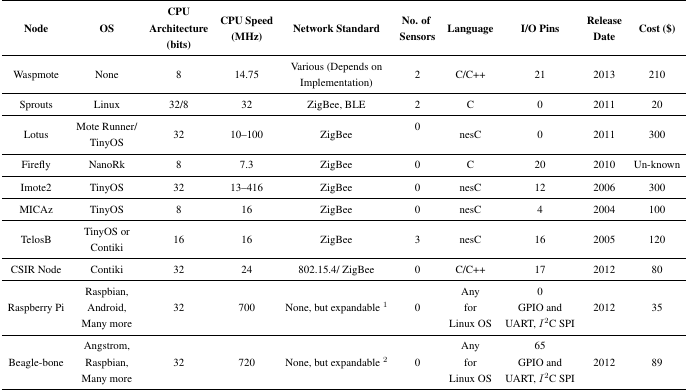
<table><thead><tr><td><b>Node</b></td><td><b>OS</b></td><td><b>CPU Architecture (bits)</b></td><td><b>CPU Speed (MHz)</b></td><td><b>Network Standard</b></td><td><b>No. of Sensors</b></td><td><b>Language</b></td><td><b>I/O Pins</b></td><td><b>Release Date</b></td><td><b>Cost ($)</b></td></tr></thead><tbody><tr><td>Waspmote</td><td>None</td><td>8</td><td>14.75</td><td>Various (Depends on Implementation)</td><td>2</td><td>C/C++</td><td>21</td><td>2013</td><td>210</td></tr><tr><td>Sprouts</td><td>Linux</td><td>32/8</td><td>32</td><td>ZigBee, BLE</td><td>2</td><td>c</td><td>0</td><td>2011</td><td>20</td></tr><tr><td>Lotus</td><td>Mote Runner/ TinyOS</td><td>32</td><td>10–100</td><td>ZigBee</td><td>0</td><td>nesC</td><td>0</td><td>2011</td><td>300</td></tr><tr><td>Firefly</td><td>NanoRk</td><td>8</td><td>7.3</td><td>ZigBee</td><td>0</td><td>C</td><td>20</td><td>2010</td><td>Un-known</td></tr><tr><td>Imote2</td><td>TinyOS</td><td>32</td><td>13–416</td><td>ZigBee</td><td>0</td><td>nesC</td><td>12</td><td>2006</td><td>300</td></tr><tr><td>MICAz</td><td>TinyOS</td><td>8</td><td>16</td><td>ZigBee</td><td>0</td><td>nesC</td><td>4</td><td>2004</td><td>100</td></tr><tr><td>TelosB</td><td>TinyOS or Contiki</td><td>16</td><td>16</td><td>ZigBee</td><td>3</td><td>nesC</td><td>16</td><td>2005</td><td>120</td></tr><tr><td>CSIR Node</td><td>Contiki</td><td>32</td><td>24</td><td>802.15.4/ZigBee</td><td>0</td><td>C/C++</td><td>17</td><td>2012</td><td>80</td></tr><tr><td>Raspberry Pi</td><td>Raspbian, Android, Many more</td><td>32</td><td>700</td><td>None, but expandable <sup>1</sup></td><td>0</td><td>Any for Linux OS</td><td>0 GPIO and UART, <i>I</i><sup>2</sup>C SPI</td><td>2012</td><td>35</td></tr><tr><td>Beagle-bone</td><td>Angstrom, Raspbian, Many more</td><td>32</td><td>720</td><td>None, but expandable <sup>2</sup></td><td>0</td><td>Any for Linux OS</td><td>65 GPIO and UART, <i>I</i><sup>2</sup>C SPI</td><td>2012</td><td>89</td></tr></tbody></table>